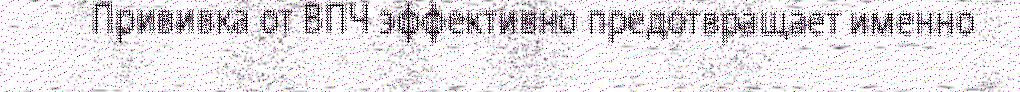
Прививка от ВПЧ эффективно предотвращает именно